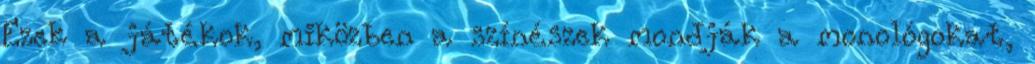
Ezek a játékok, miközben a színészek mondják a monológokat,